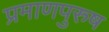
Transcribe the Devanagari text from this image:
प्रमाणपुरुष